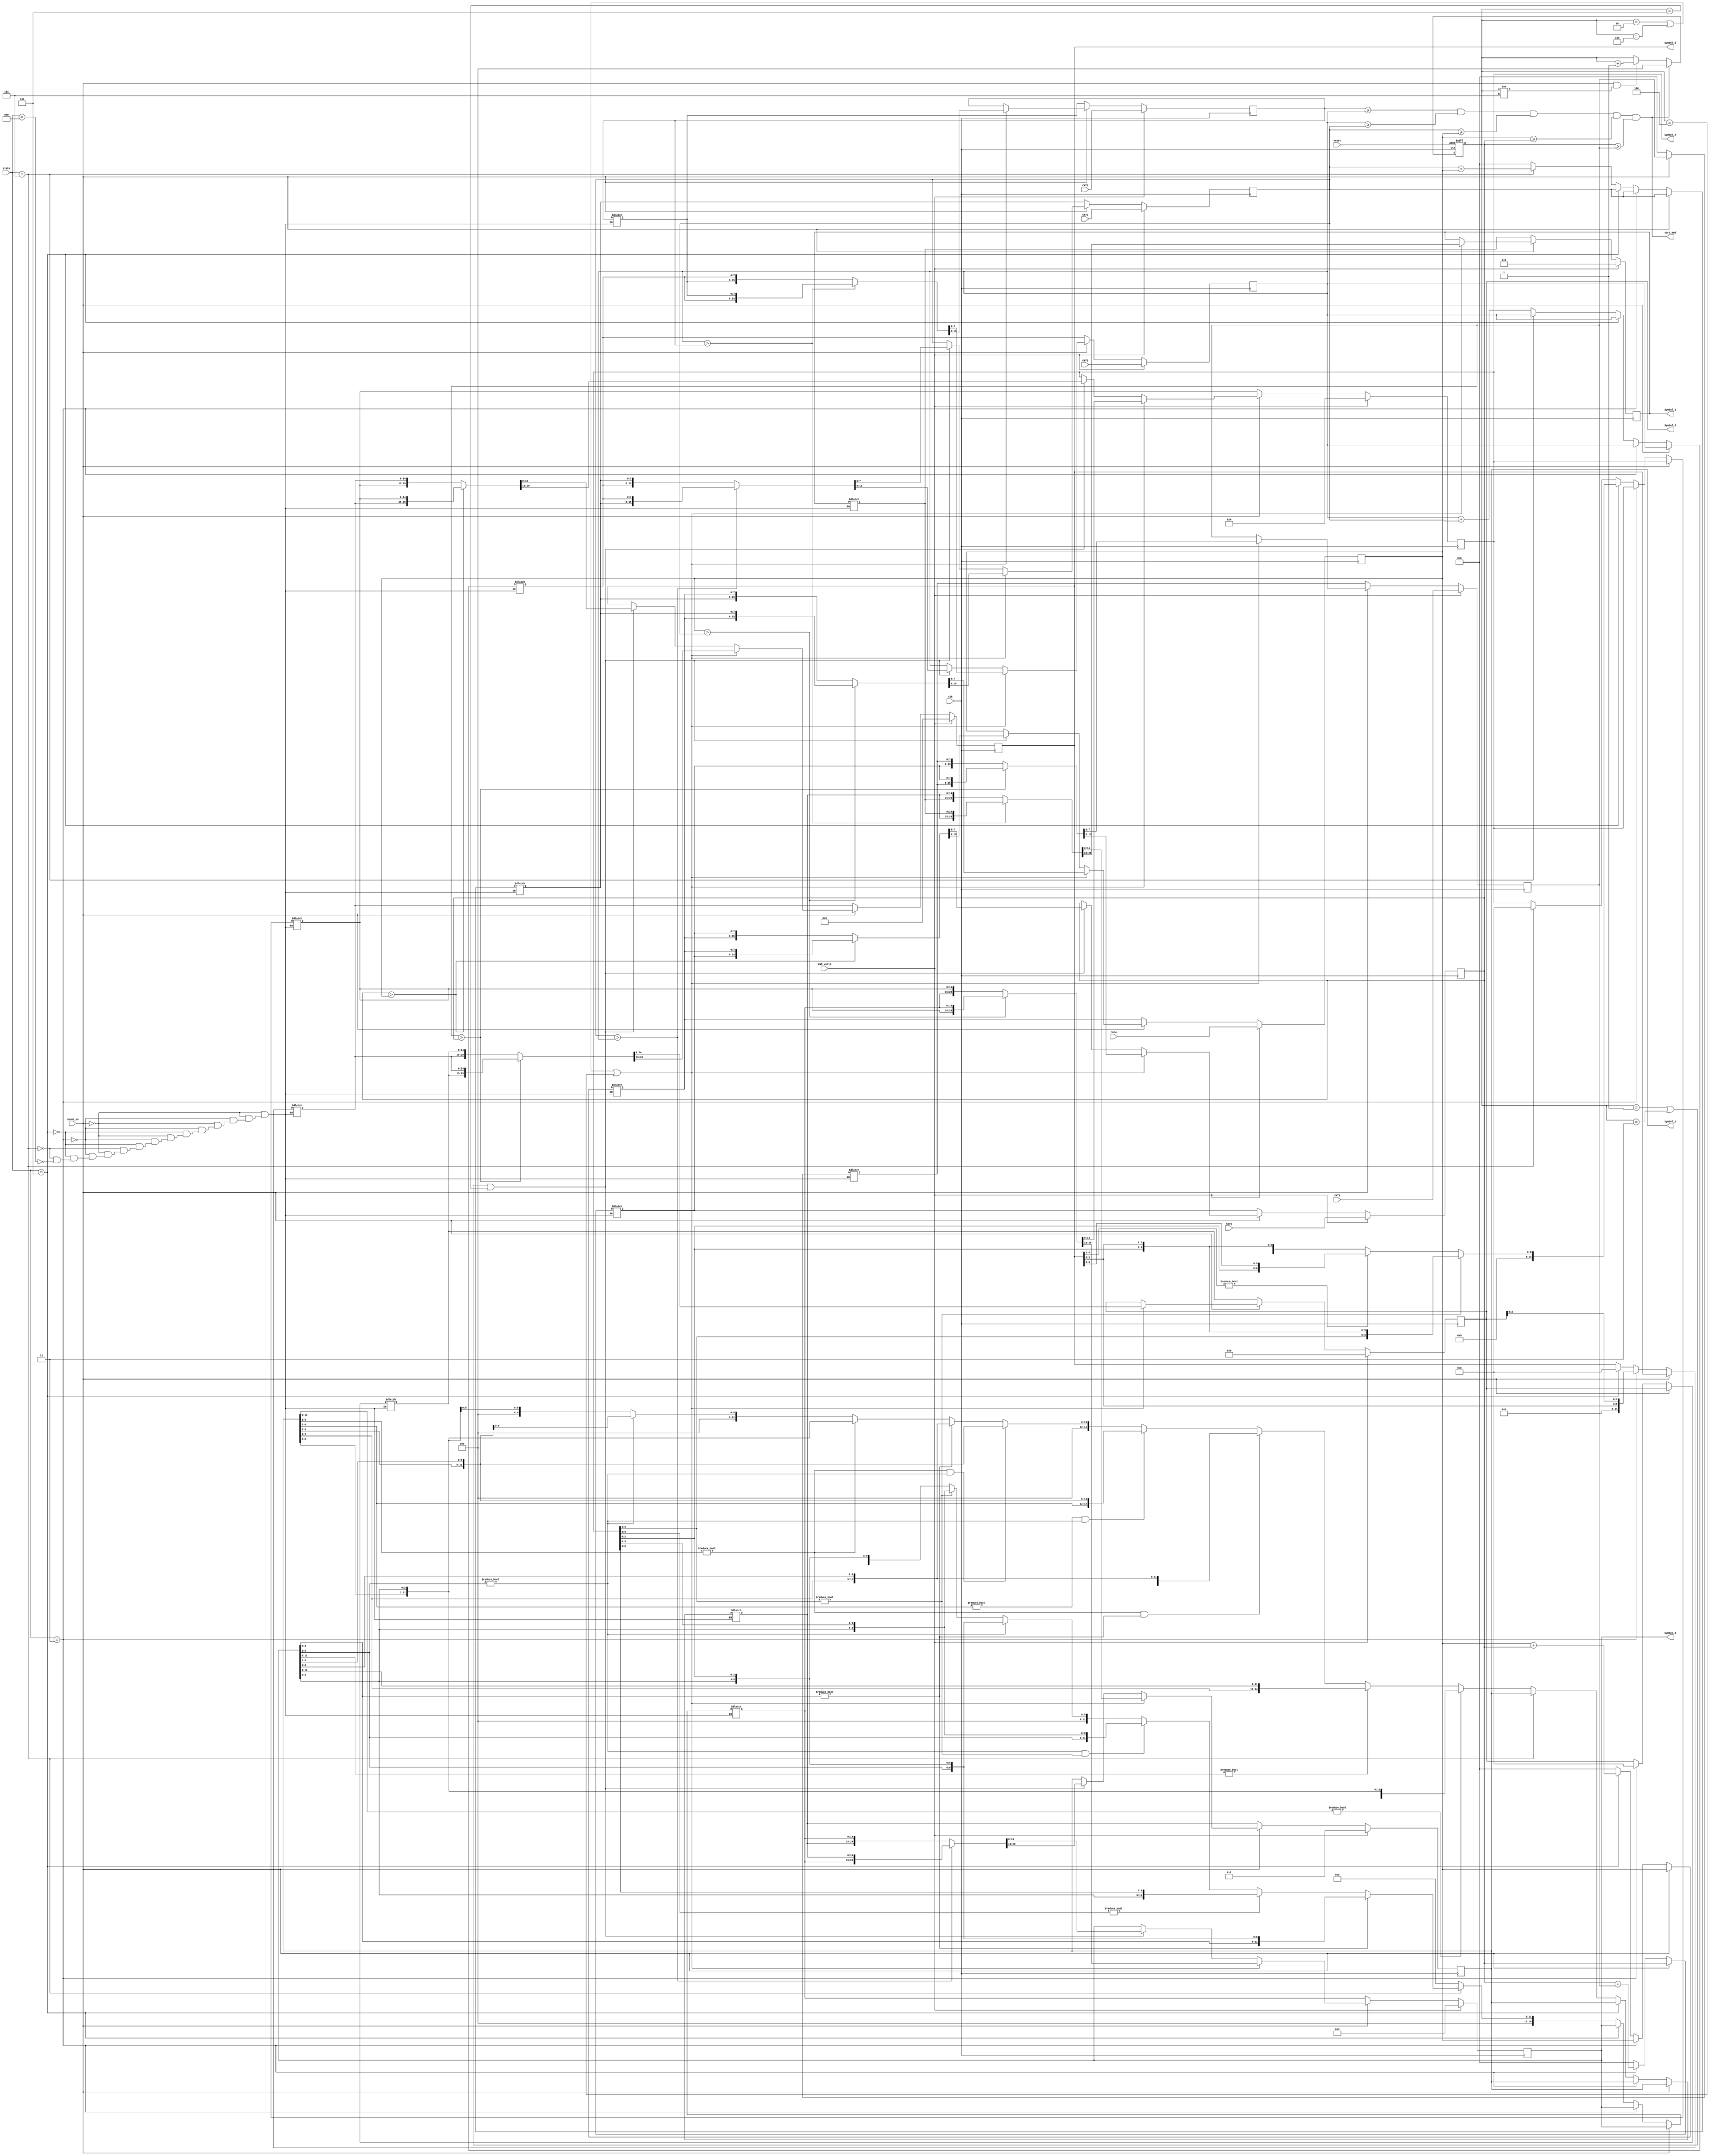
`timescale 1ns/10ps
module Sort(clk,reset,count_en,CNT_valid,state,CNT1,CNT2,CNT3,CNT4,CNT5,CNT6,sort_end,Symbol_1,Symbol_2,Symbol_3,Symbol_4,Symbol_5,Symbol_6);
input clk;
input reset;
input count_en;
input CNT_valid;
input [3:0]state;
input [7:0]CNT1,CNT2,CNT3,CNT4,CNT5,CNT6;

output [14:0]Symbol_1,Symbol_2,Symbol_3,Symbol_4,Symbol_5,Symbol_6;
output sort_end;
reg [7:0]p_1,p_2,p_3,p_4,p_5,p_6;
reg [7:0]swap_p_1,swap_p_2,swap_p_3,swap_p_4,swap_p_5,swap_p_6;
reg [14:0]Symbol_1,Symbol_2,Symbol_3,Symbol_4,Symbol_5,Symbol_6;
reg [14:0]swap_Symbol_1,swap_Symbol_2,swap_Symbol_3,swap_Symbol_4,swap_Symbol_5,swap_Symbol_6;
reg [2:0]count;
wire [7:0]fp1,fp2,fp3,fp4,fp5,fp6;
wire [7:0]fpr2,fpr3,fpr4,fpr5;
wire [14:0]fs1,fs2,fs3,fs4,fs5,fs6;
wire [14:0]fsy2,fsy3,fsy4,fsy5;
always@(posedge clk or posedge reset)begin
 if(reset)begin
    count<=3'd0;
 end
 else if(sort_end)begin
    count<=3'd0;
 end
 else if((count_en==1'd1)&&(count!=3'd7)) begin
    count<=count+3'd1;
 end
 else begin
    count<=count;
 end
end
always@(posedge clk)begin
 if(CNT_valid)begin
    p_1<=CNT1;
	p_2<=CNT2;
    p_3<=CNT3;
	p_4<=CNT4;
    p_5<=CNT5;
	p_6<=CNT6;
	Symbol_1<=15'd1;
	Symbol_2<=15'd2;
	Symbol_3<=15'd3;
	Symbol_4<=15'd4;
	Symbol_5<=15'd5;
	Symbol_6<=15'd6;
 end
 else if(count_en==1'b0)begin
     p_1<=swap_p_1;
	 p_2<=swap_p_2;
	 p_3<=swap_p_3;
	 p_4<=swap_p_4;
	 p_5<=swap_p_5;
	 p_6<=swap_p_6;
	 Symbol_1<=swap_Symbol_1;
	 Symbol_2<=swap_Symbol_2;
	 Symbol_3<=swap_Symbol_3;
	 Symbol_4<=swap_Symbol_4;
	 Symbol_5<=swap_Symbol_5;
	 Symbol_6<=swap_Symbol_6;
 end
 else if(count==3'd2||count==3'd4||count==3'd6)begin
	 p_1<=fp1;
	 p_2<=fp2;
	 p_3<=fp3;
	 p_4<=fp4;
	 p_5<=fp5;
	 p_6<=fp6;
	 Symbol_1<=fs1;
	 Symbol_2<=fs2;
	 Symbol_3<=fs3;
	 Symbol_4<=fs4;
	 Symbol_5<=fs5;
	 Symbol_6<=fs6;
	end
 else if(count==3'd1||count==3'd3||count==3'd5)begin
     p_1<=p_1;
	 p_2<=fpr2;
	 p_3<=fpr3;
	 p_4<=fpr4;
	 p_5<=fpr5;
	 p_6<=p_6;
     Symbol_1<=Symbol_1;
	 Symbol_2<=fsy2;
	 Symbol_3<=fsy3;
	 Symbol_4<=fsy4;
	 Symbol_5<=fsy5;
	 Symbol_6<=Symbol_6;
 end
end
assign {fp1,fp2}=(p_2>p_1)?{swap_p_2,swap_p_1}:{swap_p_1,swap_p_2};
assign {fp3,fp4}=(p_4>p_3)?{swap_p_4,swap_p_3}:{swap_p_3,swap_p_4};
assign {fp5,fp6}=(p_6>p_5)?{swap_p_6,swap_p_5}:{swap_p_5,swap_p_6};
assign {fpr2,fpr3}=(p_3>p_2)?{swap_p_3,swap_p_2}:{swap_p_2,swap_p_3};
assign {fpr4,fpr5}=(p_5>p_4)?{swap_p_5,swap_p_4}:{swap_p_4,swap_p_5};

assign {fs1,fs2}=(p_2>p_1)?{swap_Symbol_2,swap_Symbol_1}:{swap_Symbol_1,swap_Symbol_2};
assign {fs3,fs4}=(p_4>p_3)?{swap_Symbol_4,swap_Symbol_3}:{swap_Symbol_3,swap_Symbol_4};
assign {fs5,fs6}=(p_6>p_5)?{swap_Symbol_6,swap_Symbol_5}:{swap_Symbol_5,swap_Symbol_6};
assign {fsy2,fsy3}=(p_3>p_2)?{swap_Symbol_3,swap_Symbol_2}:{swap_Symbol_2,swap_Symbol_3};
assign {fsy4,fsy5}=(p_5>p_4)?{swap_Symbol_5,swap_Symbol_4}:{swap_Symbol_4,swap_Symbol_5};
always@(state or count)begin
 if(count_en)begin
    swap_p_1=p_1;
	swap_p_2=p_2;
	swap_p_3=p_3;
	swap_p_4=p_4;
	swap_p_5=p_5;
	swap_p_6=p_6;
	swap_Symbol_1=Symbol_1;
	swap_Symbol_2=Symbol_2;
	swap_Symbol_3=Symbol_3;
	swap_Symbol_4=Symbol_4;
	swap_Symbol_5=Symbol_5;
	swap_Symbol_6=Symbol_6;
 end
 else if(state==4'd3)begin
    swap_p_1=p_1;
	swap_p_2=p_2;
	swap_p_3=p_3;
	swap_p_4=p_4;
	swap_p_5=p_5+p_6;
	swap_p_6=8'd0;
	swap_Symbol_1=Symbol_1;
	swap_Symbol_2=Symbol_2;
	swap_Symbol_3=Symbol_3;
	swap_Symbol_4=Symbol_4;
	swap_Symbol_5={9'd0,Symbol_5[2:0],Symbol_6[2:0]};
	swap_Symbol_6=15'd0;
 end
 else if(state==4'd5)begin
    swap_p_1=p_1;
	swap_p_2=p_2;
	swap_p_3=p_3;
	swap_p_4=p_4+p_5;
	swap_p_5=8'd0;
	swap_p_6=8'd0;
	if(Symbol_4[5:3]!=3'd0)begin
	 swap_Symbol_1=Symbol_1;
	 swap_Symbol_2=Symbol_2;
	 swap_Symbol_3=Symbol_3;
	 swap_Symbol_4={6'd0,Symbol_4[5:0],Symbol_5[2:0]};
	 swap_Symbol_5=15'd0;
	 swap_Symbol_6=Symbol_6;
	end
	else if(Symbol_5[5:3]!=3'd0)begin
	 swap_Symbol_1=Symbol_1;
	 swap_Symbol_2=Symbol_2;
	 swap_Symbol_3=Symbol_3;
	 swap_Symbol_4={6'd0,Symbol_4[2:0],Symbol_5[5:0]};
	 swap_Symbol_5=15'd0;
	 swap_Symbol_6=Symbol_6;
	end
	else begin
	 swap_Symbol_1=Symbol_1;
	 swap_Symbol_2=Symbol_2;
	 swap_Symbol_3=Symbol_3;
	 swap_Symbol_4={9'd0,Symbol_4[2:0],Symbol_5[2:0]};
	 swap_Symbol_5=15'd0;
	 swap_Symbol_6=Symbol_6;
	end
 end
 else if(state==4'd7)begin
    swap_p_1=p_1;
	swap_p_2=p_2;
	swap_p_3=p_3+p_4;
	swap_p_4=8'd0;
	swap_p_5=8'd0;
	swap_p_6=8'd0;
	if(Symbol_3[8:6]!=3'd0)begin
	 swap_Symbol_1=Symbol_1;
	 swap_Symbol_2=Symbol_2;
	 swap_Symbol_3={3'd0,Symbol_3[8:0],Symbol_4[2:0]};
	 swap_Symbol_4=15'd0;
	 swap_Symbol_5=Symbol_5;
	 swap_Symbol_6=Symbol_6;
	end
	else if(Symbol_4[8:6]!=3'd0)begin
	 swap_Symbol_1=Symbol_1;
	 swap_Symbol_2=Symbol_2;
	 swap_Symbol_3={3'd0,Symbol_3[2:0],Symbol_4[8:0]};
	 swap_Symbol_4=15'd0;
	 swap_Symbol_5=Symbol_5;
	 swap_Symbol_6=Symbol_6;
	end
	else if((Symbol_3[5:3]!=3'd0)&&(Symbol_4[5:3]!=3'd0))begin
	 swap_Symbol_1=Symbol_1;
	 swap_Symbol_2=Symbol_2;
	 swap_Symbol_3={3'd0,Symbol_3[5:0],Symbol_4[5:0]};
	 swap_Symbol_4=15'd0;
	 swap_Symbol_5=Symbol_5;
	 swap_Symbol_6=Symbol_6;
	end
	else if(Symbol_3[5:3]!=3'd0)begin
	 swap_Symbol_1=Symbol_1;
	 swap_Symbol_2=Symbol_2;
	 swap_Symbol_3={6'd0,Symbol_3[5:0],Symbol_4[2:0]};
	 swap_Symbol_4=15'd0;
	 swap_Symbol_5=Symbol_5;
	 swap_Symbol_6=Symbol_6;
	end
	else if(Symbol_4[5:3]!=3'd0)begin
	 swap_Symbol_1=Symbol_1;
	 swap_Symbol_2=Symbol_2;
	 swap_Symbol_3={6'd0,Symbol_3[2:0],Symbol_4[5:0]};
	 swap_Symbol_4=15'd0;
	 swap_Symbol_5=Symbol_5;
	 swap_Symbol_6=Symbol_6;
	end
	else begin
	 swap_Symbol_1=Symbol_1;
	 swap_Symbol_2=Symbol_2;
	 swap_Symbol_3={9'd0,Symbol_3[2:0],Symbol_4[2:0]};
	 swap_Symbol_4=15'd0;
	 swap_Symbol_5=Symbol_5;
	 swap_Symbol_6=Symbol_6;
	end
 end
 else if(state==4'd9)begin
    swap_p_1=p_1;
	swap_p_2=p_2+p_3;
	swap_p_3=8'd0;
	swap_p_4=8'd0;
	swap_p_5=8'd0;
	swap_p_6=8'd0;
	if(Symbol_2[11:9]!=3'd0)begin
	 swap_Symbol_1=Symbol_1;
	 swap_Symbol_2={Symbol_2[11:0],Symbol_3[2:0]};
	 swap_Symbol_3=15'd0;
	 swap_Symbol_4=Symbol_4;
	 swap_Symbol_5=Symbol_5;
	 swap_Symbol_6=Symbol_6;
	end
	else if(Symbol_3[11:9]!=3'd0)begin
	 swap_Symbol_1=Symbol_1;
	 swap_Symbol_2={Symbol_2[2:0],Symbol_3[11:0]};
	 swap_Symbol_3=15'd0;
	 swap_Symbol_4=Symbol_4;
	 swap_Symbol_5=Symbol_5;
	 swap_Symbol_6=Symbol_6;
	end
	else if((Symbol_2[5:3]!=3'd0)&&(Symbol_3[8:6]!=3'd0))begin
	 swap_Symbol_1=Symbol_1;
	 swap_Symbol_2={Symbol_2[5:0],Symbol_3[8:0]};
	 swap_Symbol_3=15'd0;
	 swap_Symbol_4=Symbol_4;
	 swap_Symbol_5=Symbol_5;
	 swap_Symbol_6=Symbol_6;
	end
	else if((Symbol_2[8:6]!=3'd0)&&(Symbol_3[5:3]!=3'd0))begin
	 swap_Symbol_1=Symbol_1;
	 swap_Symbol_2={Symbol_2[8:0],Symbol_3[5:0]};
	 swap_Symbol_3=15'd0;
	 swap_Symbol_4=Symbol_4;
	 swap_Symbol_5=Symbol_5;
	 swap_Symbol_6=Symbol_6;
	end
	else if((Symbol_2[5:3]!=3'd0)&&(Symbol_3[5:3]!=3'd0))begin
	 swap_Symbol_1=Symbol_1;
	 swap_Symbol_2={3'd0,Symbol_2[5:0],Symbol_3[5:0]};
	 swap_Symbol_3=15'd0;
	 swap_Symbol_4=Symbol_4;
	 swap_Symbol_5=Symbol_5;
	 swap_Symbol_6=Symbol_6;
	end
	else if(Symbol_3[8:6]!=3'd0)begin
	 swap_Symbol_1=Symbol_1;
	 swap_Symbol_2={3'd0,Symbol_2[2:0],Symbol_3[8:0]};
	 swap_Symbol_3=15'd0;
	 swap_Symbol_4=Symbol_4;
	 swap_Symbol_5=Symbol_5;
	 swap_Symbol_6=Symbol_6;
	end
	else if(Symbol_2[5:3]!=3'd0)begin
	 swap_Symbol_1=Symbol_1;
	 swap_Symbol_2={3'd0,Symbol_2[8:0],Symbol_3[2:0]};
	 swap_Symbol_3=15'd0;
	 swap_Symbol_4=Symbol_4;
	 swap_Symbol_5=Symbol_5;
	 swap_Symbol_6=Symbol_6;
	end
	else if(Symbol_2[5:3]!=3'd0)begin
	 swap_Symbol_1=Symbol_1;
	 swap_Symbol_2={6'd0,Symbol_2[5:0],Symbol_3[2:0]};
	 swap_Symbol_3=15'd0;
	 swap_Symbol_4=Symbol_4;
	 swap_Symbol_5=Symbol_5;
	 swap_Symbol_6=Symbol_6;
	end
	else if(Symbol_3[5:3]!=3'd0)begin
	 swap_Symbol_1=Symbol_1;
	 swap_Symbol_2={6'd0,Symbol_2[2:0],Symbol_3[5:0]};
	 swap_Symbol_3=15'd0;
	 swap_Symbol_4=Symbol_4;
	 swap_Symbol_5=Symbol_5;
	 swap_Symbol_6=Symbol_6;
	end
	else begin
	 swap_Symbol_1=Symbol_1;
	 swap_Symbol_2={9'd0,Symbol_2[2:0],Symbol_3[2:0]};
	 swap_Symbol_3=15'd0;
	 swap_Symbol_4=Symbol_4;
	 swap_Symbol_5=Symbol_5;
	 swap_Symbol_6=Symbol_6;
	end
 end
end
assign sort_end=(p_1>=p_2)&&(p_2>=p_3)&&(p_3>=p_4)&&(p_4>=p_5)&&(p_5>=p_6);
endmodule